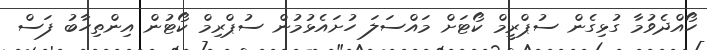
ހޯއްދެވުމާ ގުޅިގެން ސުޕްރީމް ކޯޓަށް މައްސަލަ ހުށައެޅުމުން ސުޕްރިމް ކޯޓުން އިންތިހާބު ފަސް